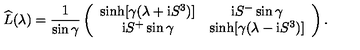
\widehat { L } ( \lambda ) = \frac { 1 } { \sin \gamma } \left( \begin{array} { c c } { \sinh [ \gamma ( \lambda + \mathrm { i } S ^ { 3 } ) ] } & { \mathrm { i } S ^ { - } \sin \gamma } \\ { \mathrm { i } S ^ { + } \sin \gamma } & { \sinh [ \gamma ( \lambda - \mathrm { i } S ^ { 3 } ) ] } \\ \end{array} \right) .